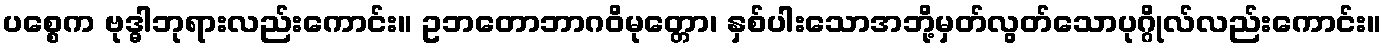
ပစ္စေက ဗုဒ္ဓါဘုရားလည်းကောင်း။ ဥဘတောဘာဂဝိမုတ္တော၊ နှစ်ပါးသောအဘို့မှတ်လွတ်သောပုဂ္ဂိုလ်လည်းကောင်း။